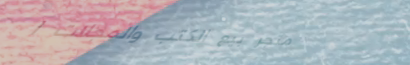
متجر بيع الكتب والمجلات ا